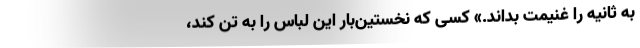
به ثانیه را غنیمت بداند.» کسی که نخستین‌بار این لباس را به تن کند،